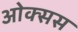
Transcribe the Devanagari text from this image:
ओक्सस